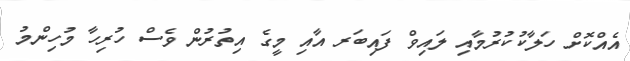
އެއްކޮށް ހަލާކުކުރުމާއި ލައިވް ފައިބަރ އާއި މީގެ އިތުރުން ވެސް ހުރިހާ މުހިންމު